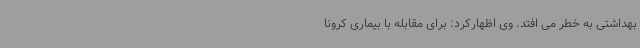
بهداشتی به خطر می افتد. وی اظهارکرد: برای مقابله با بیماری کرونا